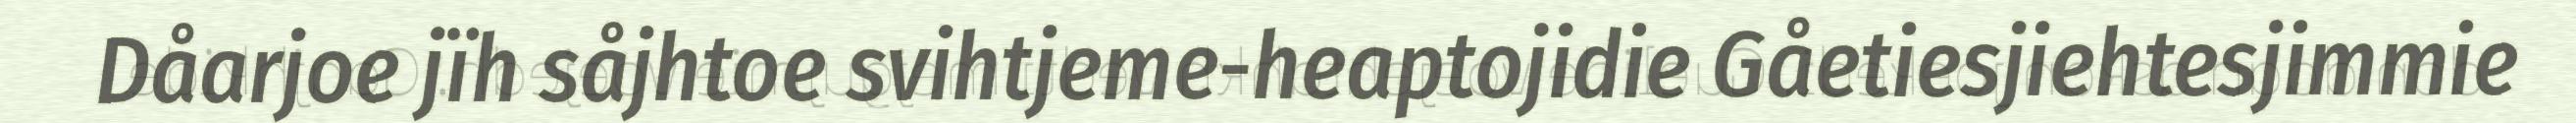
Dåarjoe jïh såjhtoe svihtjeme-heaptojidie Gåetiesjiehtesjimmie